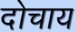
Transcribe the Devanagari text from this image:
दोचाय